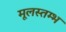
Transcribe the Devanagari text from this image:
मूलस्तम्भ